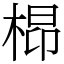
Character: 㭿